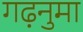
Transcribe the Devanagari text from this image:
गढ़नुमा